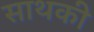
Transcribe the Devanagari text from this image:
साथकी